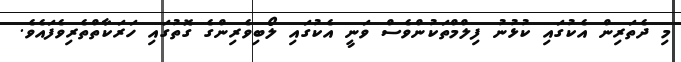
މި ދެތަރިން އެކުގައި ކުޅުނު ފިލްމްތަކުންވެސް ވަނީ އެކުގައި ލޯބިވެރިންގެ ގޮތުގައި ހަރަކާތްތެރިވެފައެވެ.